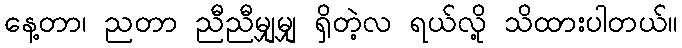
နေ့တာ၊ ညတာ ညီညီမျှမျှ ရှိတဲ့လ ရယ်လို့ သိထားပါတယ်။